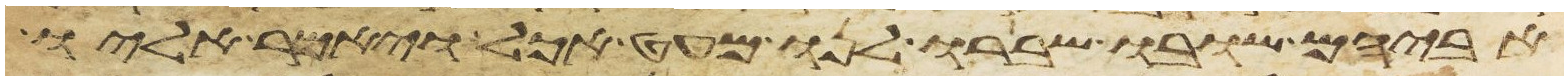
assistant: אביהם שובו ושברו לנו מעט אכל ויאמר אליו